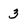
Character: 3